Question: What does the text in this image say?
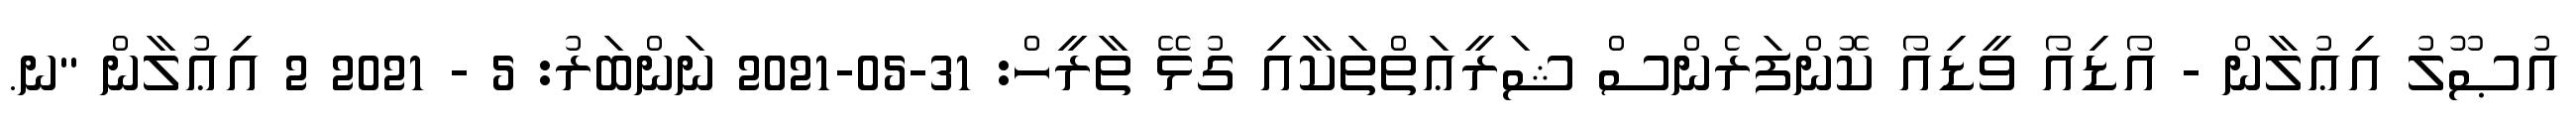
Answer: އުޞޫލު އިޢުލާން - އޯޑިއޯ ވީޑިއޯ ކޮންފަރެންސް ޝަރީޢަތްތަކާއި ގުޅޭ ތާރީހް: 31-05-2021 ނަންބަރު: 5 - 2021 2 އިޢުލާން "ނ.